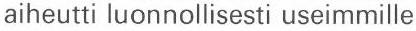
aiheutti luonnollisesti useimmille